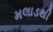
મલાડથી